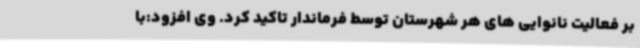
بر فعالیت نانوایی های هر شهرستان توسط فرماندار تاکید کرد. وی افزود:با